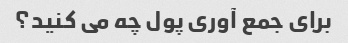
برای جمع آوری پول چه می کنید؟